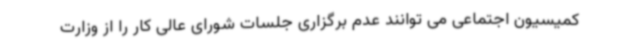
کمیسیون اجتماعی می توانند عدم برگزاری جلسات شورای عالی کار را از وزارت